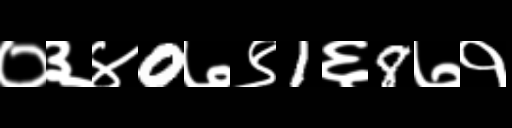
Text: ०३४0७९1६8७१